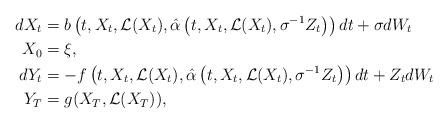
LaTeX: \begin{align*} dX_t&=b\left(t,X_t,\mathcal{L}(X_t),\hat{\alpha}\left(t,X_t,\mathcal{L}(X_t),\sigma^{-1}Z_t\right)\right)dt+\sigma dW_t \\ X_0&=\xi ,\\ dY_t&=-f\left(t,X_t,\mathcal{L}(X_t),\hat{\alpha}\left(t,X_t,\mathcal{L}(X_t),\sigma^{-1}Z_t\right)\right)dt+Z_t dW_t \\ Y_T&=g(X_T,\mathcal{L}(X_T)),\end{align*}